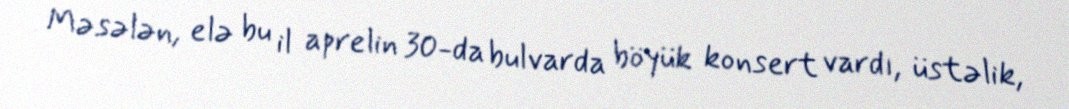
Məsələn, elə bu il aprelin 30-da bulvarda böyük konsert vardı, üstəlik,